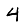
Digit: 4